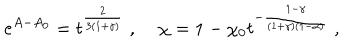
e ^ { A - A _ { 0 } } = t ^ { \frac { 2 } { 3 ( 1 + \gamma ) } } \; , \; \chi = 1 - \chi _ { 0 } t ^ { - \frac { 1 - \gamma } { ( 1 + \gamma ) ( 1 - \alpha ) } } \; ,